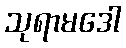
သုရာမဒေါ